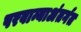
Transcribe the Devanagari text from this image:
परवान्याअंतर्गत